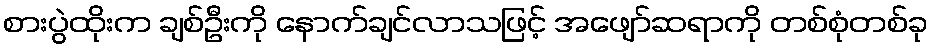
စားပွဲထိုးက ချစ်ဦးကို နောက်ချင်လာသဖြင့် အဖျော်ဆရာကို တစ်စုံတစ်ခု